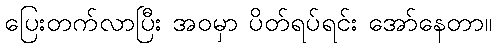
ပြေးတက်လာပြီး အဝမှာ ပိတ်ရပ်ရင်း အော်နေတာ။